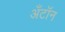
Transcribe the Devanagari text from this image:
अँटॉन